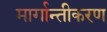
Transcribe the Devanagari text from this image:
मार्गान्तीकरण